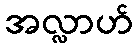
အလ္လာဟ်